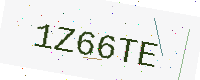
Text: 1Z66TE